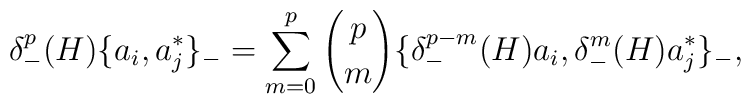
\delta_-^p(H)\{a_i,a_j^*\}_-=\sum_{m=0}^p {p \choose m}\{\delta^{p-m}_-(H)a_i,\delta^{m}_-(H)a_j^*\}_-,